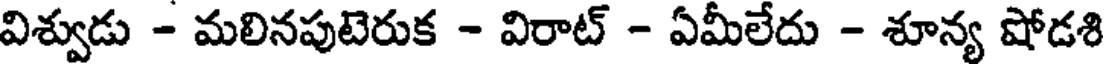
విశ్వుడు - మలినపుటెరుక - విరాట్ - ఏమీలేదు - శూన్య షోడశి